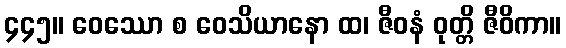
၄၄၅။ ဝေဿော စ ဝေသိယာနော ထ၊ ဇီဝနံ ဝုတ္တိ ဇီဝိကာ။